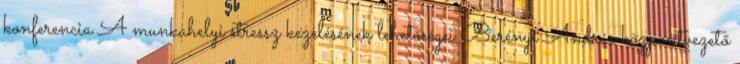
konferencia A munkahelyi stressz kezelésének lehetőségei Berényi András központvezető